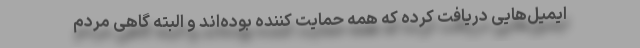
ایمیل‌هایی دریافت کرده که همه حمایت کننده بوده‌اند و البته گاهی مردم